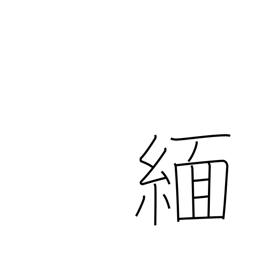
Meaning: Burma